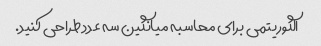
الگوریتمی برای محاسبه میانگین سه عدد طراحی کنید.